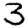
Digit: 3